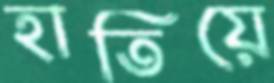
হাতিয়ে